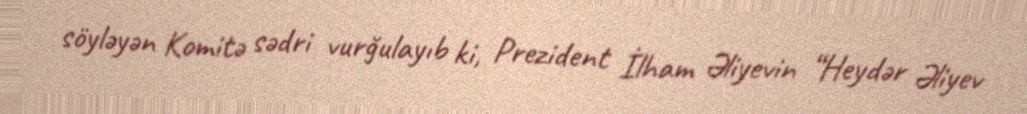
söyləyən Komitə sədri vurğulayıb ki, Prezident İlham Əliyevin “Heydər Əliyev